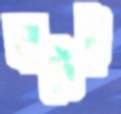
ঘাটেই